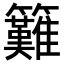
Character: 𥸁